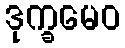
ဒုက္ခမေဝ